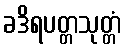
ခဒိရပတ္တသုတ္တံ